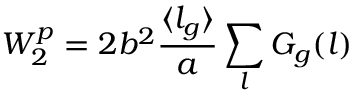
W _ { 2 } ^ { p } = 2 b ^ { 2 } \frac { \langle l _ { g } \rangle } { a } \sum _ { l } G _ { g } ( l )